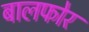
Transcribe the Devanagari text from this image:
बालफोर